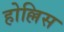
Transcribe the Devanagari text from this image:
होल्लिस